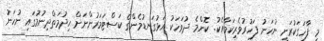
މި ފާހަގަކުރަނީ ނުހަނު ފަހުރުވެރިކަމާއެކު. ކޮންމެ ދުވަހަކު އަޅުގަނޑުމެންގެ ކަސްޓަމަރުންނަށް ހިދުމަތްދިނުމުގައި ނުހަނު